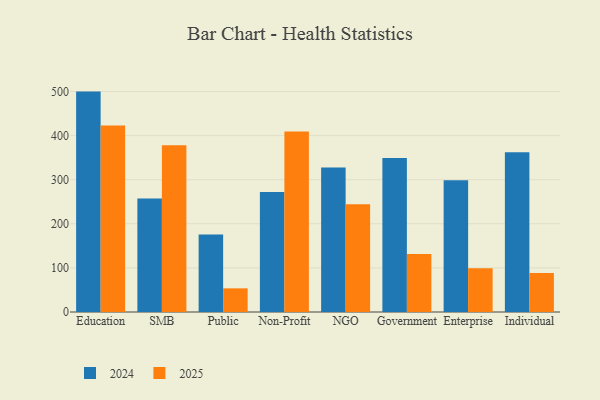
{"axis": {"x": "Segment", "y": "Gross Profit (USD K)"}, "legend": ["2024", "2025"], "data": [{"x": "Education", "y": 423.2, "type": "2025"}, {"x": "Education", "y": 499.8, "type": "2024"}, {"x": "SMB", "y": 378.0, "type": "2025"}, {"x": "SMB", "y": 257.5, "type": "2024"}, {"x": "Public", "y": 53.6, "type": "2025"}, {"x": "Public", "y": 176.0, "type": "2024"}, {"x": "Non-Profit", "y": 409.2, "type": "2025"}, {"x": "Non-Profit", "y": 271.9, "type": "2024"}, {"x": "NGO", "y": 244.1, "type": "2025"}, {"x": "NGO", "y": 327.8, "type": "2024"}, {"x": "Government", "y": 131.3, "type": "2025"}, {"x": "Government", "y": 349.2, "type": "2024"}, {"x": "Enterprise", "y": 99.0, "type": "2025"}, {"x": "Enterprise", "y": 298.9, "type": "2024"}, {"x": "Individual", "y": 88.3, "type": "2025"}, {"x": "Individual", "y": 362.0, "type": "2024"}]}